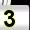
Digit: 3